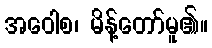
အဝေါစ၊ မိန့်တော်မူ၏။